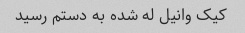
کیک وانیل له شده به دستم رسید